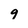
Character: 9